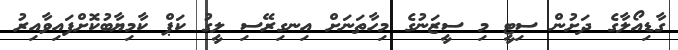
ގާޑިއޯލާގެ ދަށުން ސިޓީ މި ސީޒަނުގެ މިހާތަނަށް އިނގިރޭސި ލީގު ކަޕް ކާމިޔާބުކޮށްފައިވާއިރު